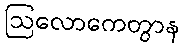
ဩလောကေတွာန